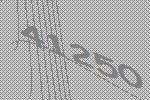
41250